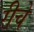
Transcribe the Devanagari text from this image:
रीचे